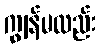
ကျွန်မလည်း